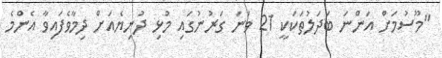
"މޫސުމަށް އަންނަ ބަދަލުތަކަކީ 21 ވަނަ ގަރުނުގައި މުޅި ދުނިޔެއަށް ދިމާވެފައިވާ އެންމެ